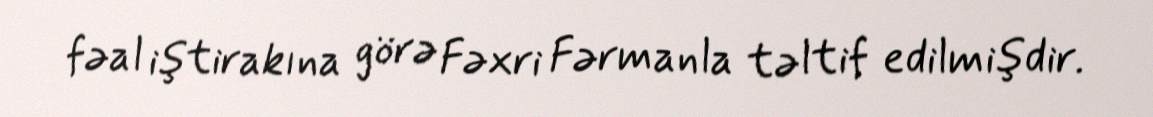
fəal iştirakına görə Fəxri Fərmanla təltif edilmişdir.